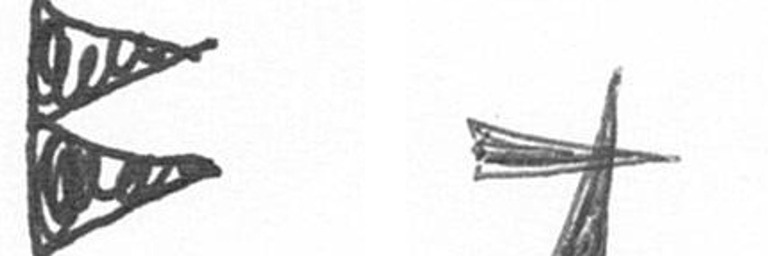
P G